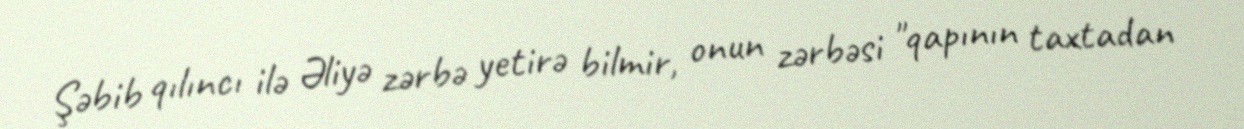
Şəbib qılıncı ilə Əliyə zərbə yetirə bilmir, onun zərbəsi "qapının taxtadan